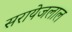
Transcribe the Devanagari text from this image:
सरायेजलाल